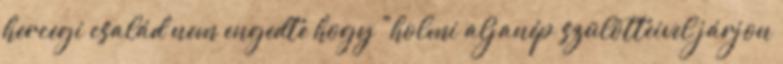
hercegi család nem engedte hogy "holmi aljanép szülötteivel járjon